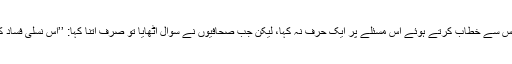
پھر ڈاؤننگ سٹریٹ میں پریس کانفرنس سے خطاب کرتے ہوئے اس مسئلے پر ایک حرف نہ کہا، لیکن جب صحافیوں نے سوال اُٹھایا تو صرف اتنا کہا: ’’اس نسلی فساد کا دانش مندی سے جائزہ لینا چاہیے‘‘۔